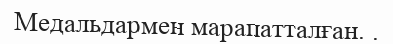
Медальдармен марапатталған. .